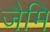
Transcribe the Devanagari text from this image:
जैमि